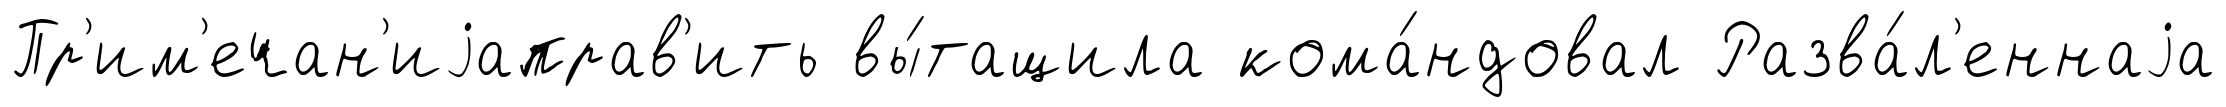
Пр'им'ечан'иjаправ'ить вы́тащила кома́ндовал Разва́л'еннаjа